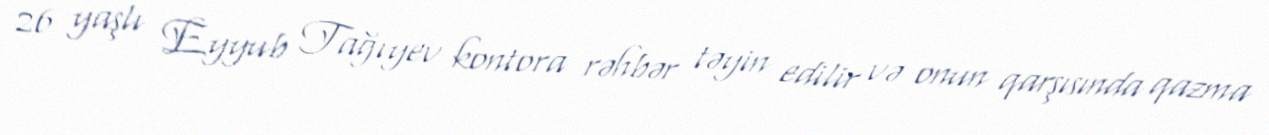
26 yaşlı Eyyub Tağıyev kontora rəhbər təyin edilir və onun qarşısında qazma